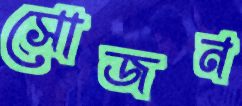
সোজন